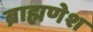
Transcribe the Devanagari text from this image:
ब्राह्मणेश